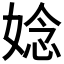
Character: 𫱁